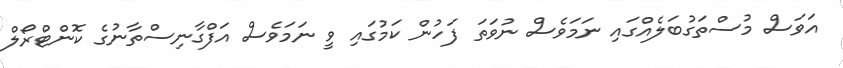
އަވަސް މުސްތަގުބަލެއްގައި ނަމަވެސް ނުވަތަ ފަހުން ކަމުގައި ވީ ނަމަވެސް އަފްގާނިސްތާނުގެ ކޮންޓްރޯލް